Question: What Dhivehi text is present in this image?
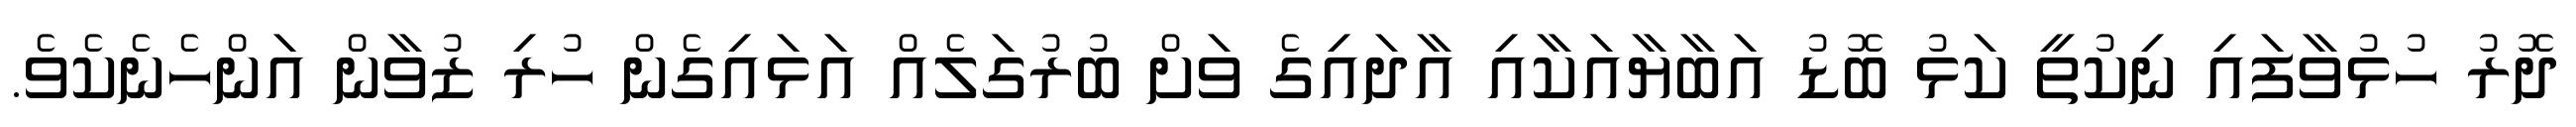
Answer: ދޮރު ހުޅުވާފައި ނިކުތީ ކަޅު ބޮޑު އަބާޔާއަކާއި އާދައިގެ ވަށް ބުރުގަލެއް އަޅައިގެން ހުރި ޒުވާން އަންހެނެކެވެ.